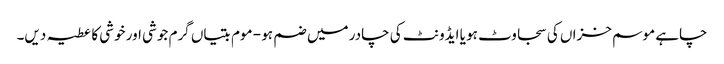
چاہے موسم خزاں کی سجاوٹ ہو یا ایڈونٹ کی چادر میں ضم ہو - موم بتیاں گرم جوشی اور خوشی کا عطیہ دیں۔